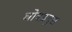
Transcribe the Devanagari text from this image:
घोषप्रमुख